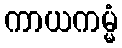
ကာယကမ္မံ